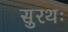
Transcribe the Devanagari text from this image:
सुरथः